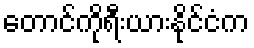
တောင်ကိုရီးယားနိုင်ငံက